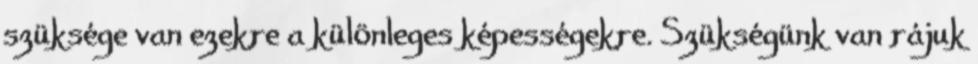
szüksége van ezekre a különleges képességekre. Szükségünk van rájuk